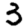
Digit: 3